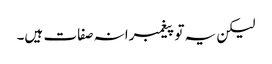
لیکن یہ تو پیغمبرانہ صفات ہیں۔